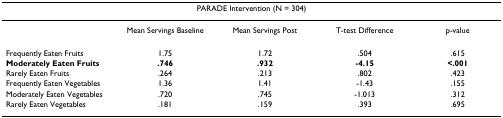
<table><thead><tr><td colspan="5"><b>PARADE Intervention (N = 304)</b></td></tr></thead><tbody><tr><td></td><td>Mean Servings Baseline</td><td>Mean Servings Post</td><td>T-test Difference</td><td>p-value</td></tr><tr><td>Frequently Eaten Fruits</td><td>1.75</td><td>1.72</td><td>.504</td><td>.615</td></tr><tr><td><b>Moderately Eaten Fruits</b></td><td><b>.746</b></td><td><b>.932</b></td><td><b>-4.15</b></td><td><b>&lt;.001</b></td></tr><tr><td>Rarely Eaten Fruits</td><td>.264</td><td>.213</td><td>.802</td><td>.423</td></tr><tr><td>Frequently Eaten Vegetables</td><td>1.36</td><td>1.41</td><td>-1.43</td><td>.155</td></tr><tr><td>Moderately Eaten Vegetables</td><td>.720</td><td>.745</td><td>-1.013</td><td>.312</td></tr><tr><td>Rarely Eaten Vegetables</td><td>.181</td><td>.159</td><td>.393</td><td>.695</td></tr></tbody></table>